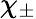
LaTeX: \chi_{\pm}